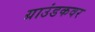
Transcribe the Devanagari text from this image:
ग्राउंडकवर